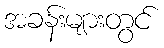
အခန်းများတွင်